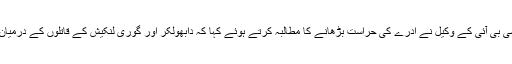
اتوار کو سی بی آئی کے وکیل نے ادرے کی حراست بڑھانے کا مطالبہ کرتے ہوئے کہا کہ دابھولکر اور گوری لنکیش کے قاتلوں کے درمیان تعلق ہے۔